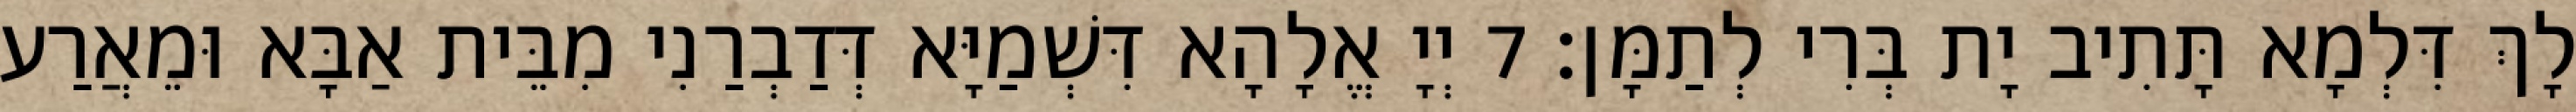
לָךְ דִּלְמָא תָּתִיב יָת בְּרִי לְתַמָּן׃ 7 יְיָ אֱלָהָא דִּשְׁמַיָּא דְּדַבְרַנִי מִבֵּית אַבָּא וּמֵאֲרַע